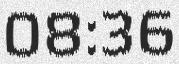
08:36